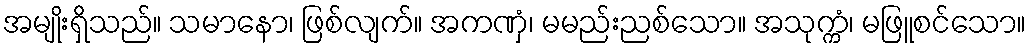
အမျိုးရှိသည်။ သမာနော၊ ဖြစ်လျက်။ အကဏှံ၊ မမည်းညစ်သော။ အသုက္ကံ၊ မဖြူစင်သော။